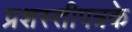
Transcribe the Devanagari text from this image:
प्रशस्तीपत्रके